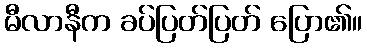
မီလာနီက ခပ်ပြတ်ပြတ် ပြော၏။